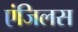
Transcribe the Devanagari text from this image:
एंजिलस